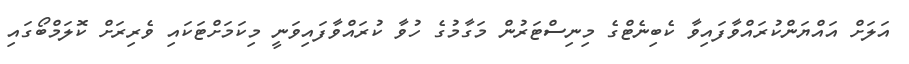
އަލަށް އައްޔަންކުރައްވާފައިވާ ކެބިނެޓްގެ މިނިސްޓަރުން މަގާމުގެ ހުވާ ކުރައްވާފައިވަނީ މިކަމަށްޓަކައި ވެރިރަށް ކޮލަމްބޯގައި